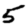
Digit: 5